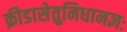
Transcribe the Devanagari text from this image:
क्रीडासेतुनिधानज्ञः